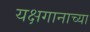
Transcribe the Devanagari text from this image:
यक्षगानाच्या